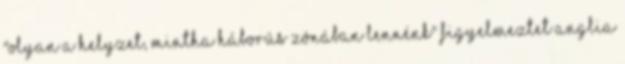
"Olyan a helyzet, mintha háborús zónában lennénk" figyelmeztet Anglia